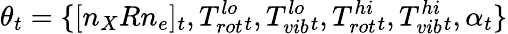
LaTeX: \theta_{t}=\{ [n_{X}Rn_{e}]_{t},T_{rot}^{lo}{_t},T_{vib}^{lo}{_t},T_{rot}^{hi}{_t},T_{vib}^{hi}{_t},\alpha_{t}\}